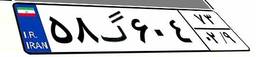
۵۸گ۶۰۴۷۳